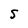
Character: 5